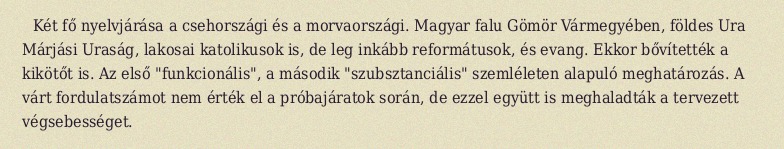
Két fő nyelvjárása a csehországi és a morvaországi. Magyar falu Gömör Vármegyében, földes Ura Márjási Uraság, lakosai katolikusok is, de leg inkább reformátusok, és evang. Ekkor bővítették a kikötőt is. Az első "funkcionális", a második "szubsztanciális" szemléleten alapuló meghatározás. A várt fordulatszámot nem érték el a próbajáratok során, de ezzel együtt is meghaladták a tervezett végsebességet.